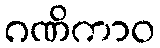
ဂဏိကာဝ